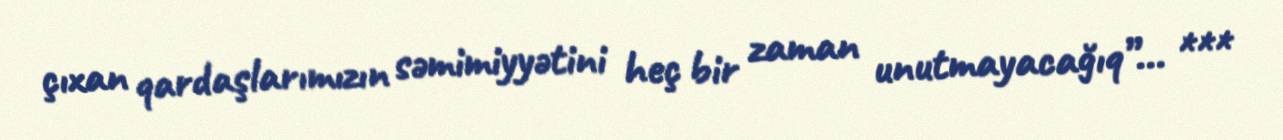
çıxan qardaşlarımızın səmimiyyətini heç bir zaman unutmayacağıq”... ***